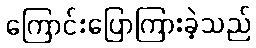
ကြောင်းပြောကြားခဲ့သည်